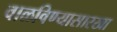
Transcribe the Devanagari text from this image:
वाळविण्यासारखा